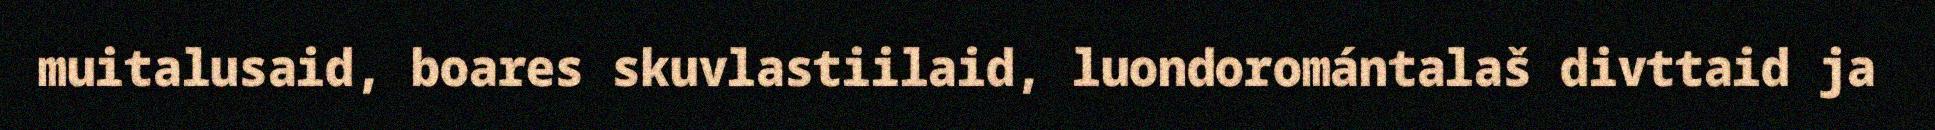
muitalusaid, boares skuvlastiilaid, luondoromántalaš divttaid ja